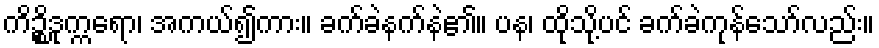
ကိဉ္စိဒုက္ကရော၊ အကယ်၍ကား။ ခက်ခဲနက်နဲ၏။ ပန၊ ထိုသို့ပင် ခက်ခဲကုန်သော်လည်း။